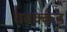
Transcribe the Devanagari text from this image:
चवक्कड़